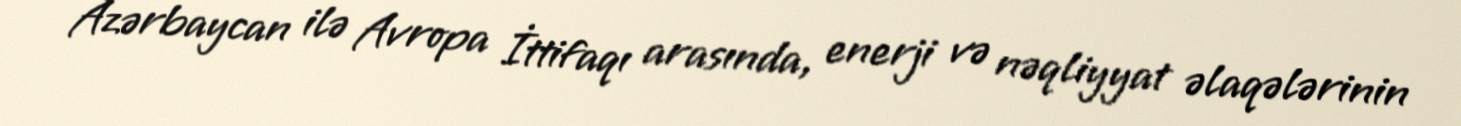
Azərbaycan ilə Avropa İttifaqı arasında, enerji və nəqliyyat əlaqələrinin